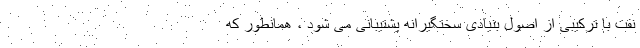
نفت با ترکیبی از اصول بنیادی سختگیرانه پشتیبانی می شود ، همانطور که